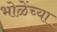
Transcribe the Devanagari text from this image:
भोळेंच्या